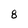
Character: 8